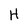
Character: H